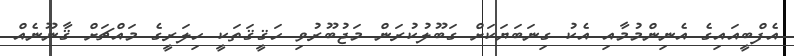
އެފްބީއައިގެ އެނިންމުމާއި އެކު ގިނަބަޔަކަށް ގަބޫލުކުރަން މަޖުބޫރުވި ހަޤީޤަތަކީ ހިލަރީގެ މައްޗަށް ޤާނޫނެއް